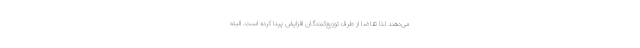
می‌دهند لذا تقاضا از طرف توزیع‌کنندگان افزایش پیدا کرده است. البته